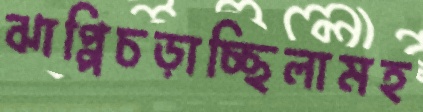
ঝাপ্পিচড়াচ্ছিলামহ